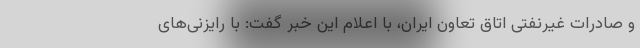
و صادرات غیرنفتی اتاق تعاون ایران، با اعلام این خبر گفت: با رایزنی‌های